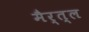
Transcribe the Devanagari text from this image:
मैर्त्ल